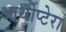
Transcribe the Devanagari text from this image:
आर्थोप्टेरा